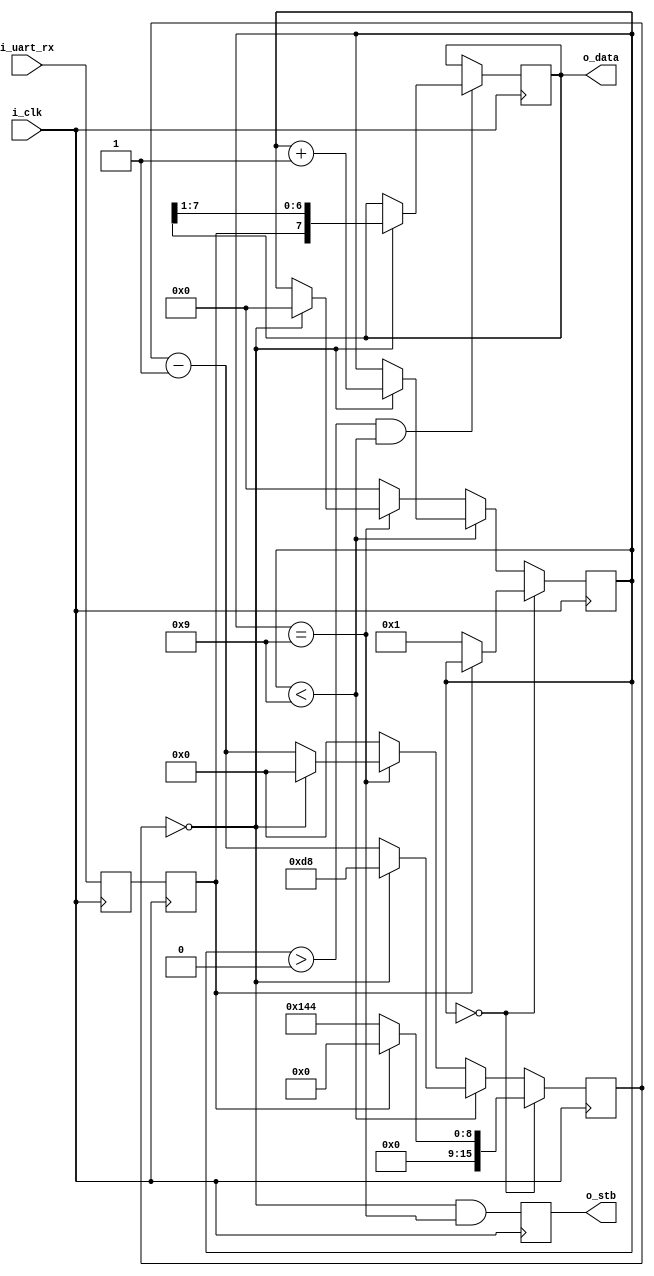
`default_nettype none

`ifndef MODULE_RXUART
`define MODULE_RXUART


`ifdef FORMAL_RXUART
`define FORMAL_TXUART
`include "txuart.v"
`endif

module rxuart (
	input wire i_clk,
	input wire i_uart_rx,
	output reg o_stb,
	output reg [7:0] o_data
);
	parameter UART_COUNTER_MAX = 217;
	
	reg [3:0] rxuart_state;

	reg uart_rx_sync1, uart_rx;
	initial 
		{uart_rx_sync1, uart_rx} = 2'b11;
	always @(posedge i_clk)
		{uart_rx_sync1, uart_rx} <= {i_uart_rx, uart_rx_sync1};

	wire baud_stb;
	initial
		rxuart_state = 0;
	always @(posedge i_clk) begin
		if (rxuart_state == 4'b0) begin
			if (!uart_rx)
				rxuart_state <= 4'b1;
		end
		else if (rxuart_state < 4'd9) begin
			if (baud_stb == 1'b1)
				rxuart_state <= rxuart_state + 1;
		end
		else if (rxuart_state == 4'd9) begin
			if (baud_stb == 1'b1)
				rxuart_state <= 4'd0;
		end
		else
			rxuart_state <= 4'h0;
	end

	/*verilator lint_off WIDTH */
	reg [15:0] baud_counter;

	assign baud_stb = (baud_counter == 0);
	initial
		baud_counter = 0;

	always @(posedge i_clk) begin
		if (rxuart_state == 0) begin // idle state
			baud_counter <= 0;
			if (!uart_rx)
				baud_counter <= UART_COUNTER_MAX + UART_COUNTER_MAX / 2 - 1;
		end
		else if (rxuart_state < 4'd9) begin
			baud_counter <= baud_counter - 1;
			if (baud_stb == 1'b1)
				baud_counter <= UART_COUNTER_MAX - 1;
		end
		else if (rxuart_state == 4'd9) begin
			baud_counter <= baud_counter - 1;
			if (baud_stb == 1'b1)
				baud_counter <= 0;
		end
		else
			baud_counter <= 0;
	end

	always @(posedge i_clk) begin
		if ((rxuart_state > 4'h0) && (rxuart_state < 4'd9)) 
			if (baud_stb)
				o_data <= {uart_rx, o_data[7:1]};
	end

	// basically o_stb is when rxuart_state is 4'd9 (stop bit)
	initial
		o_stb = 0;
	always @(posedge i_clk) begin
		o_stb <= baud_stb && (rxuart_state == 4'd9);
	end
		
	`ifdef FORMAL_RXUART
	
		always @(*) begin
			assert (rxuart_state <= 4'd9);
			if (rxuart_state == 0)
				assert (baud_counter == 0);
		end
		// 
		always @(posedge i_clk) begin
			if (rxuart_state == 4'd0)
				assert (baud_counter == 0);
			else if (rxuart_state == 4'd1)
				assert (baud_counter < UART_COUNTER_MAX + UART_COUNTER_MAX / 2);
			else if (rxuart_state <= 4'd9)
				assert (baud_counter < UART_COUNTER_MAX);
		end

		// Assume a transmitter	

		(* anyseq *) reg f_tx_wr;
		(* anyseq *) reg [7:0] f_tx_idata;
		wire f_tx_uart, f_tx_not_busy;
		wire [19:0] f_tx_counter;
		wire [7:0] f_tx_data;
	
		txuart #(.UART_COUNTER_MAX(UART_COUNTER_MAX)) txuart_i0 (
				.clk(i_clk),
				.send(f_tx_wr),
				.data(f_tx_idata),
				.ready(f_tx_not_busy),
				.f_counter(f_tx_counter),
				.f_data_reg(f_tx_data),
				.uart_tx(f_tx_uart),
				.rst(1'b1)
			);

		always @(*)
			assume (i_uart_rx == f_tx_uart);
	
		
		always @(posedge i_clk) begin
			case (rxuart_state)
				4'h2 : assert (f_tx_data[0] == o_data[7]);
				4'h3 : assert (f_tx_data[1:0] == o_data[7:6]);
				4'h4 : assert (f_tx_data[2:0] == o_data[7:5]);
				4'h5 : assert (f_tx_data[3:0] == o_data[7:4]);
				4'h6 : assert (f_tx_data[4:0] == o_data[7:3]);
				4'h7 : assert (f_tx_data[5:0] == o_data[7:2]);
				4'h8 : assert (f_tx_data[6:0] == o_data[7:1]);
				4'h9 : assert (f_tx_data[7:0] == o_data[7:0]);
			endcase
			if (o_stb)
				assert (f_tx_data == o_data);
		end
		
		always @(posedge i_clk) begin
			case (rxuart_state)
				4'h0 : if (f_tx_uart)
						assert ((f_tx_counter == baud_counter) || ((f_tx_counter < 10 * UART_COUNTER_MAX) && (f_tx_counter > (9 * UART_COUNTER_MAX + 2 + UART_COUNTER_MAX / 2))));
					else begin
						assert (baud_counter == 0);
						assert (f_tx_counter < 4); // 1 cycle delay (in 4'd1 state) + 2 cycle delay in sync
					end
				4'h1 : assert (f_tx_counter == 1 * UART_COUNTER_MAX - baud_counter + 1 + 2 + UART_COUNTER_MAX / 2);
				4'h2 : assert (f_tx_counter == 2 * UART_COUNTER_MAX - baud_counter + 1 + 2 + UART_COUNTER_MAX / 2);
				4'h3 : assert (f_tx_counter == 3 * UART_COUNTER_MAX - baud_counter + 1 + 2 + UART_COUNTER_MAX / 2);
				4'h4 : assert (f_tx_counter == 4 * UART_COUNTER_MAX - baud_counter + 1 + 2 + UART_COUNTER_MAX / 2);
				4'h5 : assert (f_tx_counter == 5 * UART_COUNTER_MAX - baud_counter + 1 + 2 + UART_COUNTER_MAX / 2);
				4'h6 : assert (f_tx_counter == 6 * UART_COUNTER_MAX - baud_counter + 1 + 2 + UART_COUNTER_MAX / 2);
				4'h7 : assert (f_tx_counter == 7 * UART_COUNTER_MAX - baud_counter + 1 + 2 + UART_COUNTER_MAX / 2);
				4'h8 : assert (f_tx_counter == 8 * UART_COUNTER_MAX - baud_counter + 1 + 2 + UART_COUNTER_MAX / 2);
				4'h9 : assert (f_tx_counter == 9 * UART_COUNTER_MAX - baud_counter + 1 + 2 + UART_COUNTER_MAX / 2);
			endcase
		end


		reg f_first_hit;
		initial
			f_first_hit = 0;
		always @(posedge i_clk) begin
			if (o_stb)
				f_first_hit <= 1;
			cover (f_first_hit && o_stb);
		end



	`endif


endmodule

`endif